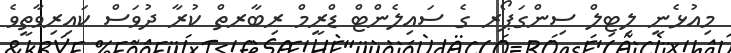
މިއުޅެނީ ލިޓިލް ސިންގަޕޯރ ގެ ސައިލެންޓް ޑްރީމް ރިބާރތް ކުރާ ދުވަސް ކައިރިވާތީވެ